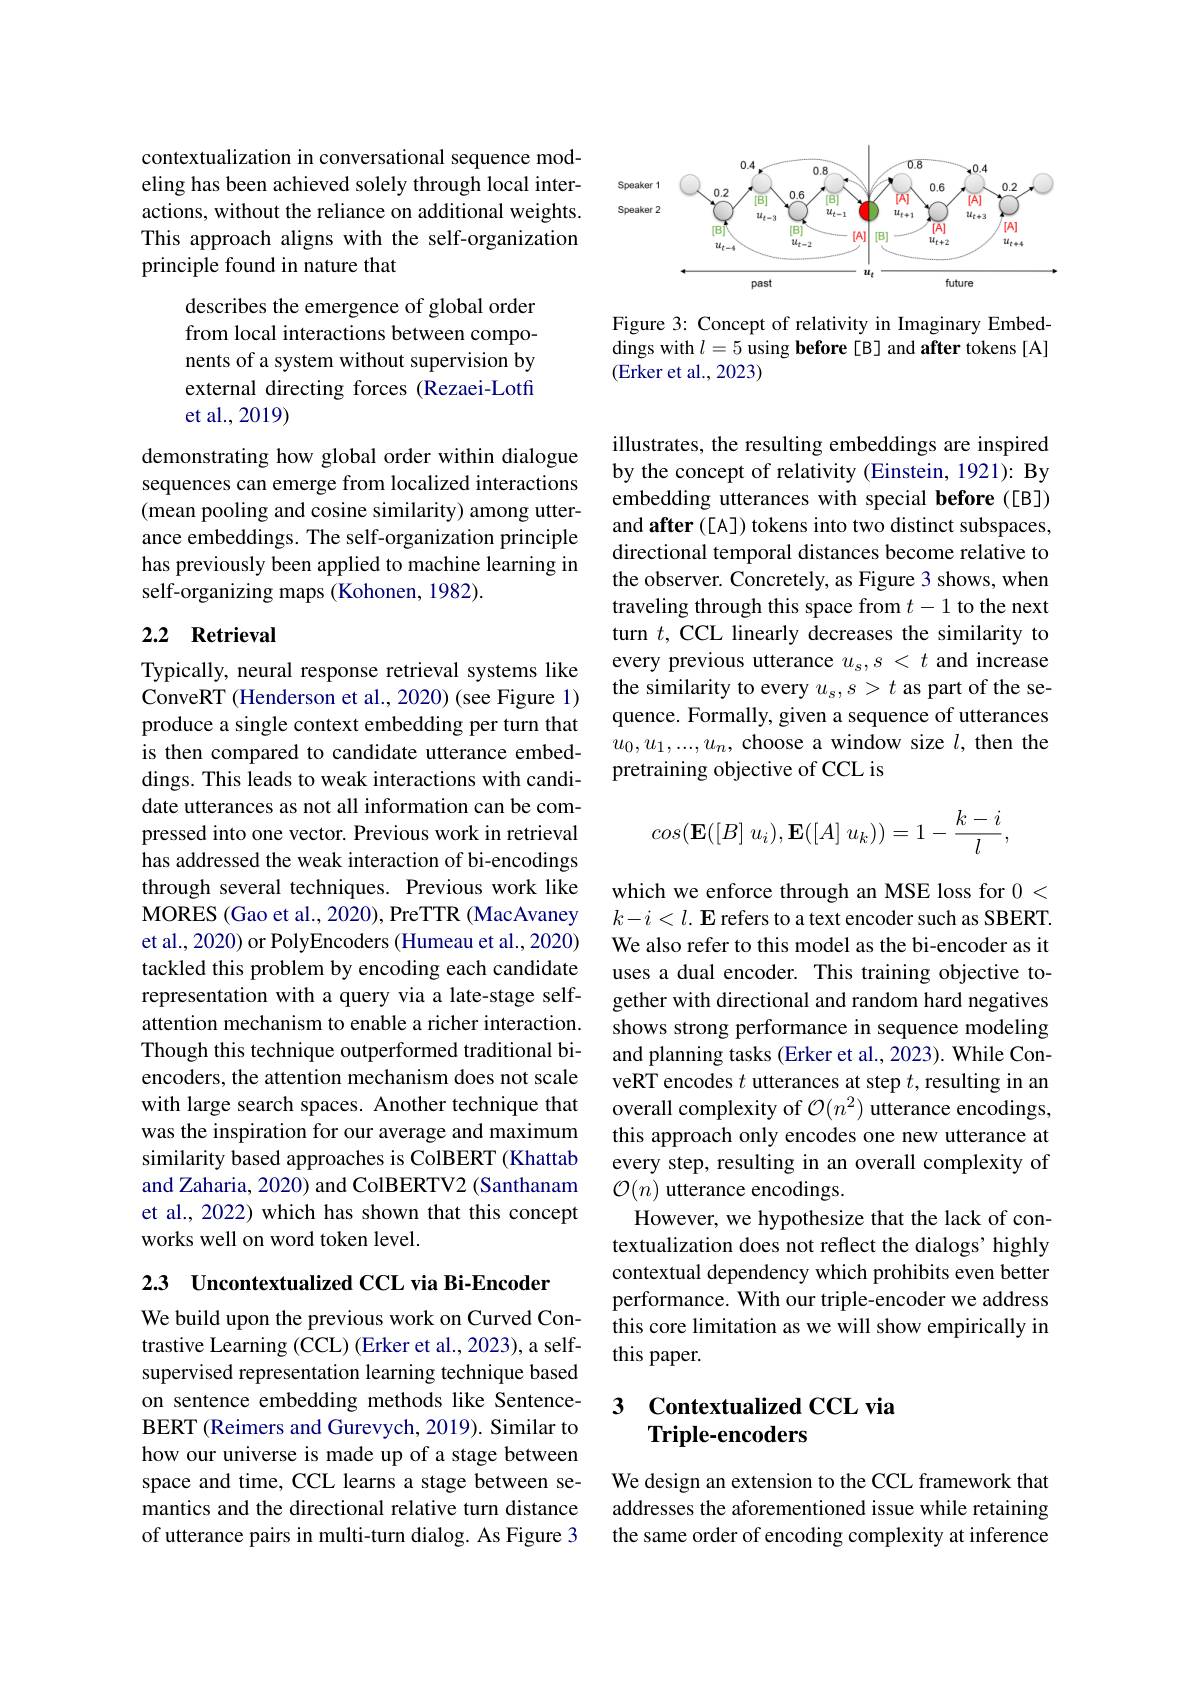
contextualization in conversational sequence modeling has been achieved solely through local interactions, without the reliance on additional weights. This approach aligns with the self-organization principle found in nature that

describes the emergence of global order from local interactions between components of a system without supervision by external directing forces (Rezaei-Lotfi et al.,2019)

demonstrating how global order within dialogue sequences can emerge from localized interactions (mean pooling and cosine similarity) among utterance embeddings. The self-organization principle has previously been applied to machine learning in self-organizing maps (Kohonen, 1982).

## 2.2 Retrieval

Typically, neural response retrieval systems like ConveRT (Henderson et al., 2020) (see Figure 1) produce a single context embedding per turn that is then compared to candidate utterance embeddings. This leads to weak interactions with candidate utterances as not all information can be compressed into one vector. Previous work in retrieval has addressed the weak interaction of bi-encodings through several techniques. Previous work like MORES (Gao et al., 2020), PreTTR (MacAvaney et al., 2020) or PolyEncoders (Humeau et al., 2020) tackled this problem by encoding each candidate representation with a query via a late-stage selfattention mechanism to enable a richer interaction. Though this technique outperformed traditional biencoders, the attention mechanism does not scale with large search spaces. Another technique that was the inspiration for our average and maximum similarity based approaches is ColBERT (Khattab and Zaharia, 2020) and ColBERTV2 (Santhanam et al., 2022) which has shown that this concept works well on word token level.

2.3 Uncontextualized CCL via Bi-Encoder

We build upon the previous work on Curved Contrastive Learning (CCL) (Erker et al., 2023), a selfsupervised representation learning technique based on sentence embedding methods like SentenceBERT (Reimers and Gurevych, 2019). Similar to how our universe is made up of a stage between space and time, CCL learns a stage between semantics and the directional relative turn distance of utterance pairs in multi-turn dialog. As Figure 3

<FigureHere>

Figure 3: Concept of relativity in Imaginary Embeddings with $l=5$ using before[B]and after tokens[A] (Erker et al., 2023)

illustrates, the resulting embeddings are inspired by the concept of relativity (Einstein, 1921): By embedding utterances with special before ([B]) and after ([A]) tokens into two distinct subspaces, directional temporal distances become relative to the observer. Concretely, as Figure 3 shows, when traveling through this space from $t-1$ to the next turn $t$, CCL linearly decreases the similarity to every previous utterance $u_s,s<t$ and increase the similarity to every $u_s,s>t$ as part of the sequence. Formally, given a sequence of utterances $u_0,u_1,...,u_n$, choose a window size $l$, then the pretraining objective of CCL is
$$cos(\mathbf{E}([B]\:u_i),\mathbf{E}([A]\:u_k))=1-\frac{k-i}{l},$$
which we enforce through an MSE loss for 0< $k- i< l. \textbf{ E refers to a text encoder such as SBERT}.$ We also refer to this model as the bi-encoder as it uses a dual encoder. This training objective together with directional and random hard negatives shows strong performance in sequence modeling and planning tasks (Erker et al., 2023). While ConveRT encodes $t$ utterances at step $t$, resulting in an overall complexity of $\mathcal{O}(n^2)$ utterance encodings, this approach only encodes one new utterance at every step, resulting in an overall complexity of ${\mathcal O}(n)$ utterance encodings.
However, we hypothesize that the lack of contextualization does not reflect the dialogs' highly contextual dependency which prohibits even better performance. With our triple-encoder we address this core limitation as we will show empirically in this paper.

### 3 $\textbf{Contextualized CCL via}$ Triple-encoders

We design an extension to the CCL framework that addresses the aforementioned issue while retaining the same order of encoding complexity at inference